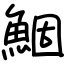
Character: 鯝